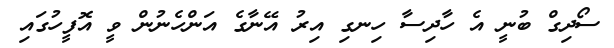
ސޯދިގް ބުނީ އެ ހާދިސާ ހިނގި އިރު އޭނާގެ އަންހެނުން ވީ އޮފީހުގައި